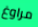
مراوغ